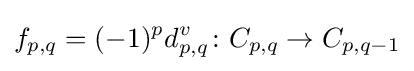
f_{p,q}=(-1)^{p}d_{p,q}^{v}\colon C_{p,q}\to C_{p,q-1}